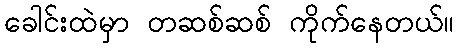
ခေါင်းထဲမှာ တဆစ်ဆစ် ကိုက်နေတယ်။